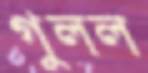
গুলল